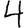
Digit: 4